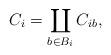
LaTeX: \begin{align*}C_i = \coprod_{b \in B_i} C_{ib},\end{align*}